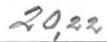
20,22